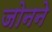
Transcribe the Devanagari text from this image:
जोनने